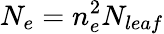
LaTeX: N_{e}=n_{e}^{2}N_{leaf}